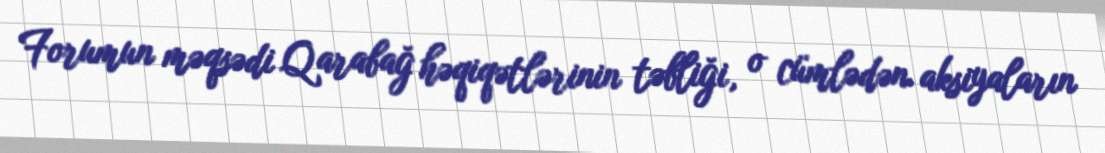
Forumun məqsədi Qarabağ həqiqətlərinin təbliği, o cümlədən aksiyaların